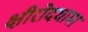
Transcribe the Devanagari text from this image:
क्षीरोदधामा